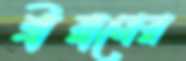
শ্রীরামের